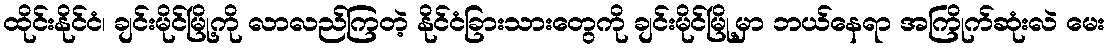
ထိုင်းနိုင်ငံ၊ ချင်းမိုင်မြို့ကို လာလည်ကြတဲ့ နိုင်ငံခြားသားတွေကို ချင်းမိုင်မြို့မှာ ဘယ်နေရာ အကြိုက်ဆုံးလဲ မေး